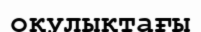
оқулықтағы